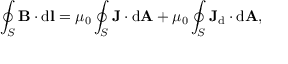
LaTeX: \oint _ { S } \mathbf { B } \cdot \mathrm { { d } } \mathbf { l } = \mu _ { 0 } \oint _ { S } \mathbf { J } \cdot \mathrm { { d } } \mathbf { A } + \mu _ { 0 } \oint _ { S } \mathbf { J } _ { \mathrm { { d } } } \cdot \mathrm { { d } } \mathbf { A } , \,